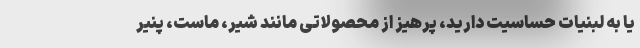
یا به لبنیات حساسیت دارید، پرهیز از محصولاتی مانند شیر، ماست، پنیر